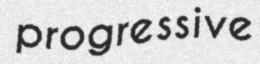
progressive